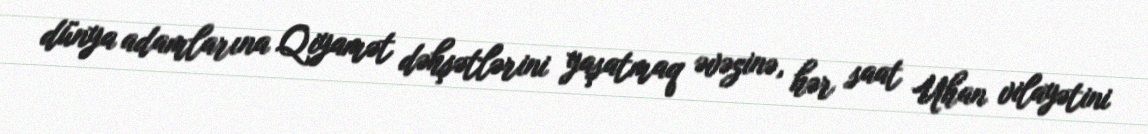
dünya adamlarına Qiyamət dəhşətlərini yaşatmaq əvəzinə, hər saat Uhan vilayətini